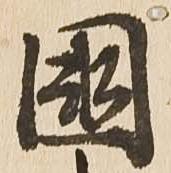
国